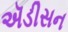
ઍડીસન